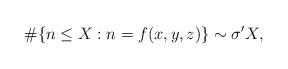
LaTeX: \begin{align*}\#\{n\le X: n=f(x,y,z) \}\sim \sigma' X,\end{align*}